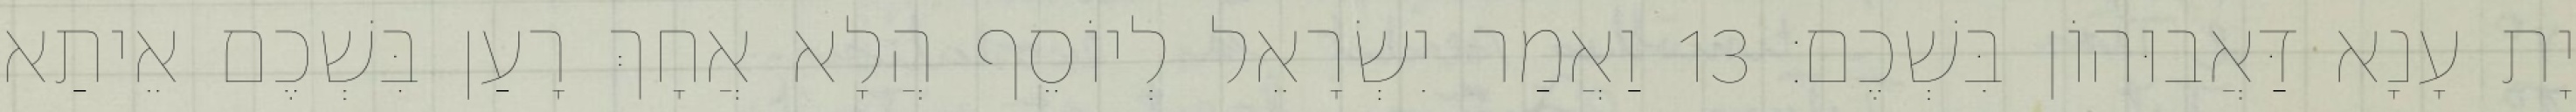
יָת עָנָא דַּאֲבוּהוֹן בִּשְׁכֶם׃ 13 וַאֲמַר יִשְׂרָאֵל לְיוֹסֵף הֲלָא אֲחָךְ רָעַן בִּשְׁכֶם אֵיתַא